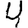
Digit: 4